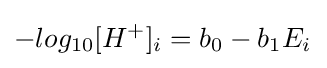
-log_{10}[H^{+}]_{i}=b_{0}-b_{1}E_{i^{}}